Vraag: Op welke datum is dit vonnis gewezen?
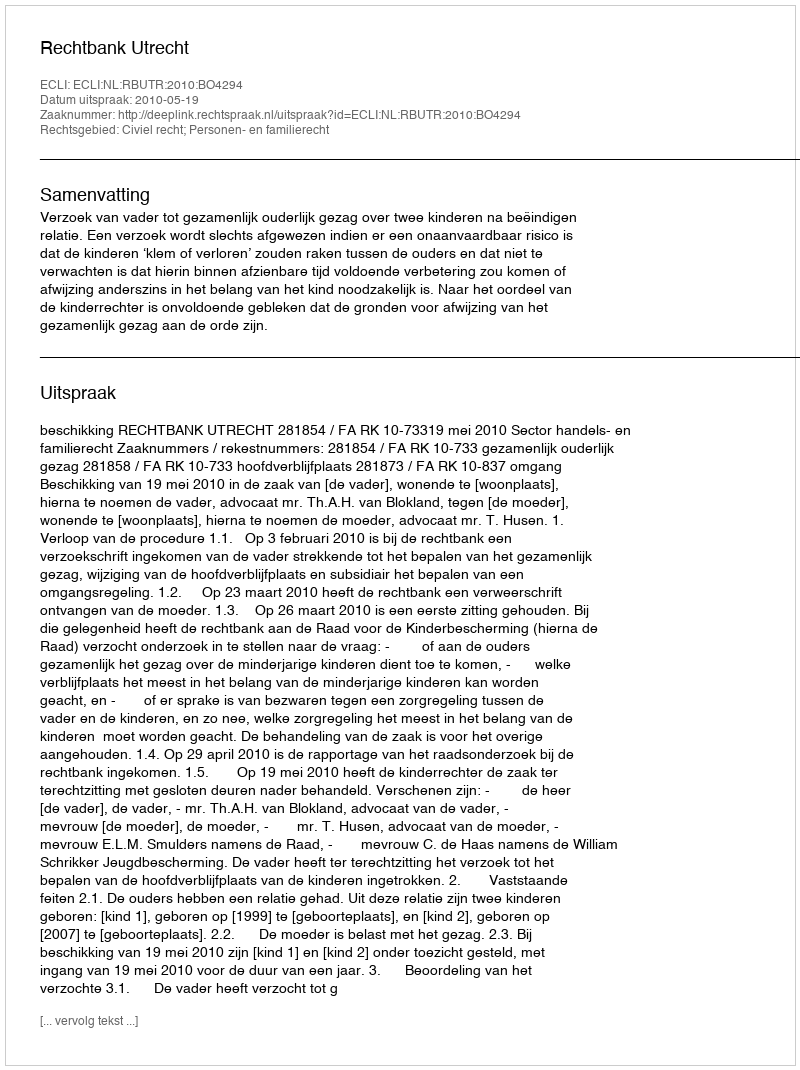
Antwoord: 2010-05-19